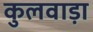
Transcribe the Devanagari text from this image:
कुलवाड़ा